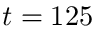
t = 1 2 5